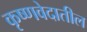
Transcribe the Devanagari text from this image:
कृष्णवेदातील